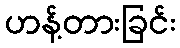
ဟန့်တားခြင်း